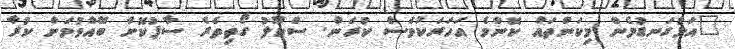
"އަޅުގަނޑުމެން މިކަންތައް ކޮންމެ އަހަރަކުވެސް ކުރަން. ސްކޫލު ގޯތިތެރެ ސާފުކޮށް ބޭއްވުމަށް ކުރާ